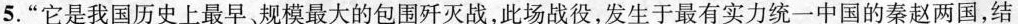
5.”它是我国历史上最早规模最大的包围歼灭战，此场战役，发生于最有实力统一中国的秦赵两国，结